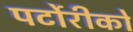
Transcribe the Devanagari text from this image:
पर्टोरीको